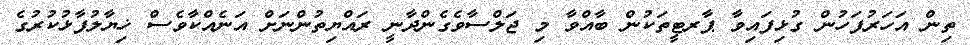
ތިން އަހަރުފަހުން ގުޅިފައިވާ ޕާރޓީތަކުން ބާއްވާ މި ޖަލްސާވެގެންދާނީ ރައްޔިތުންނަށް އަނެއްކާވެސް ޚިޔާލުފާޅުކުރުގެ